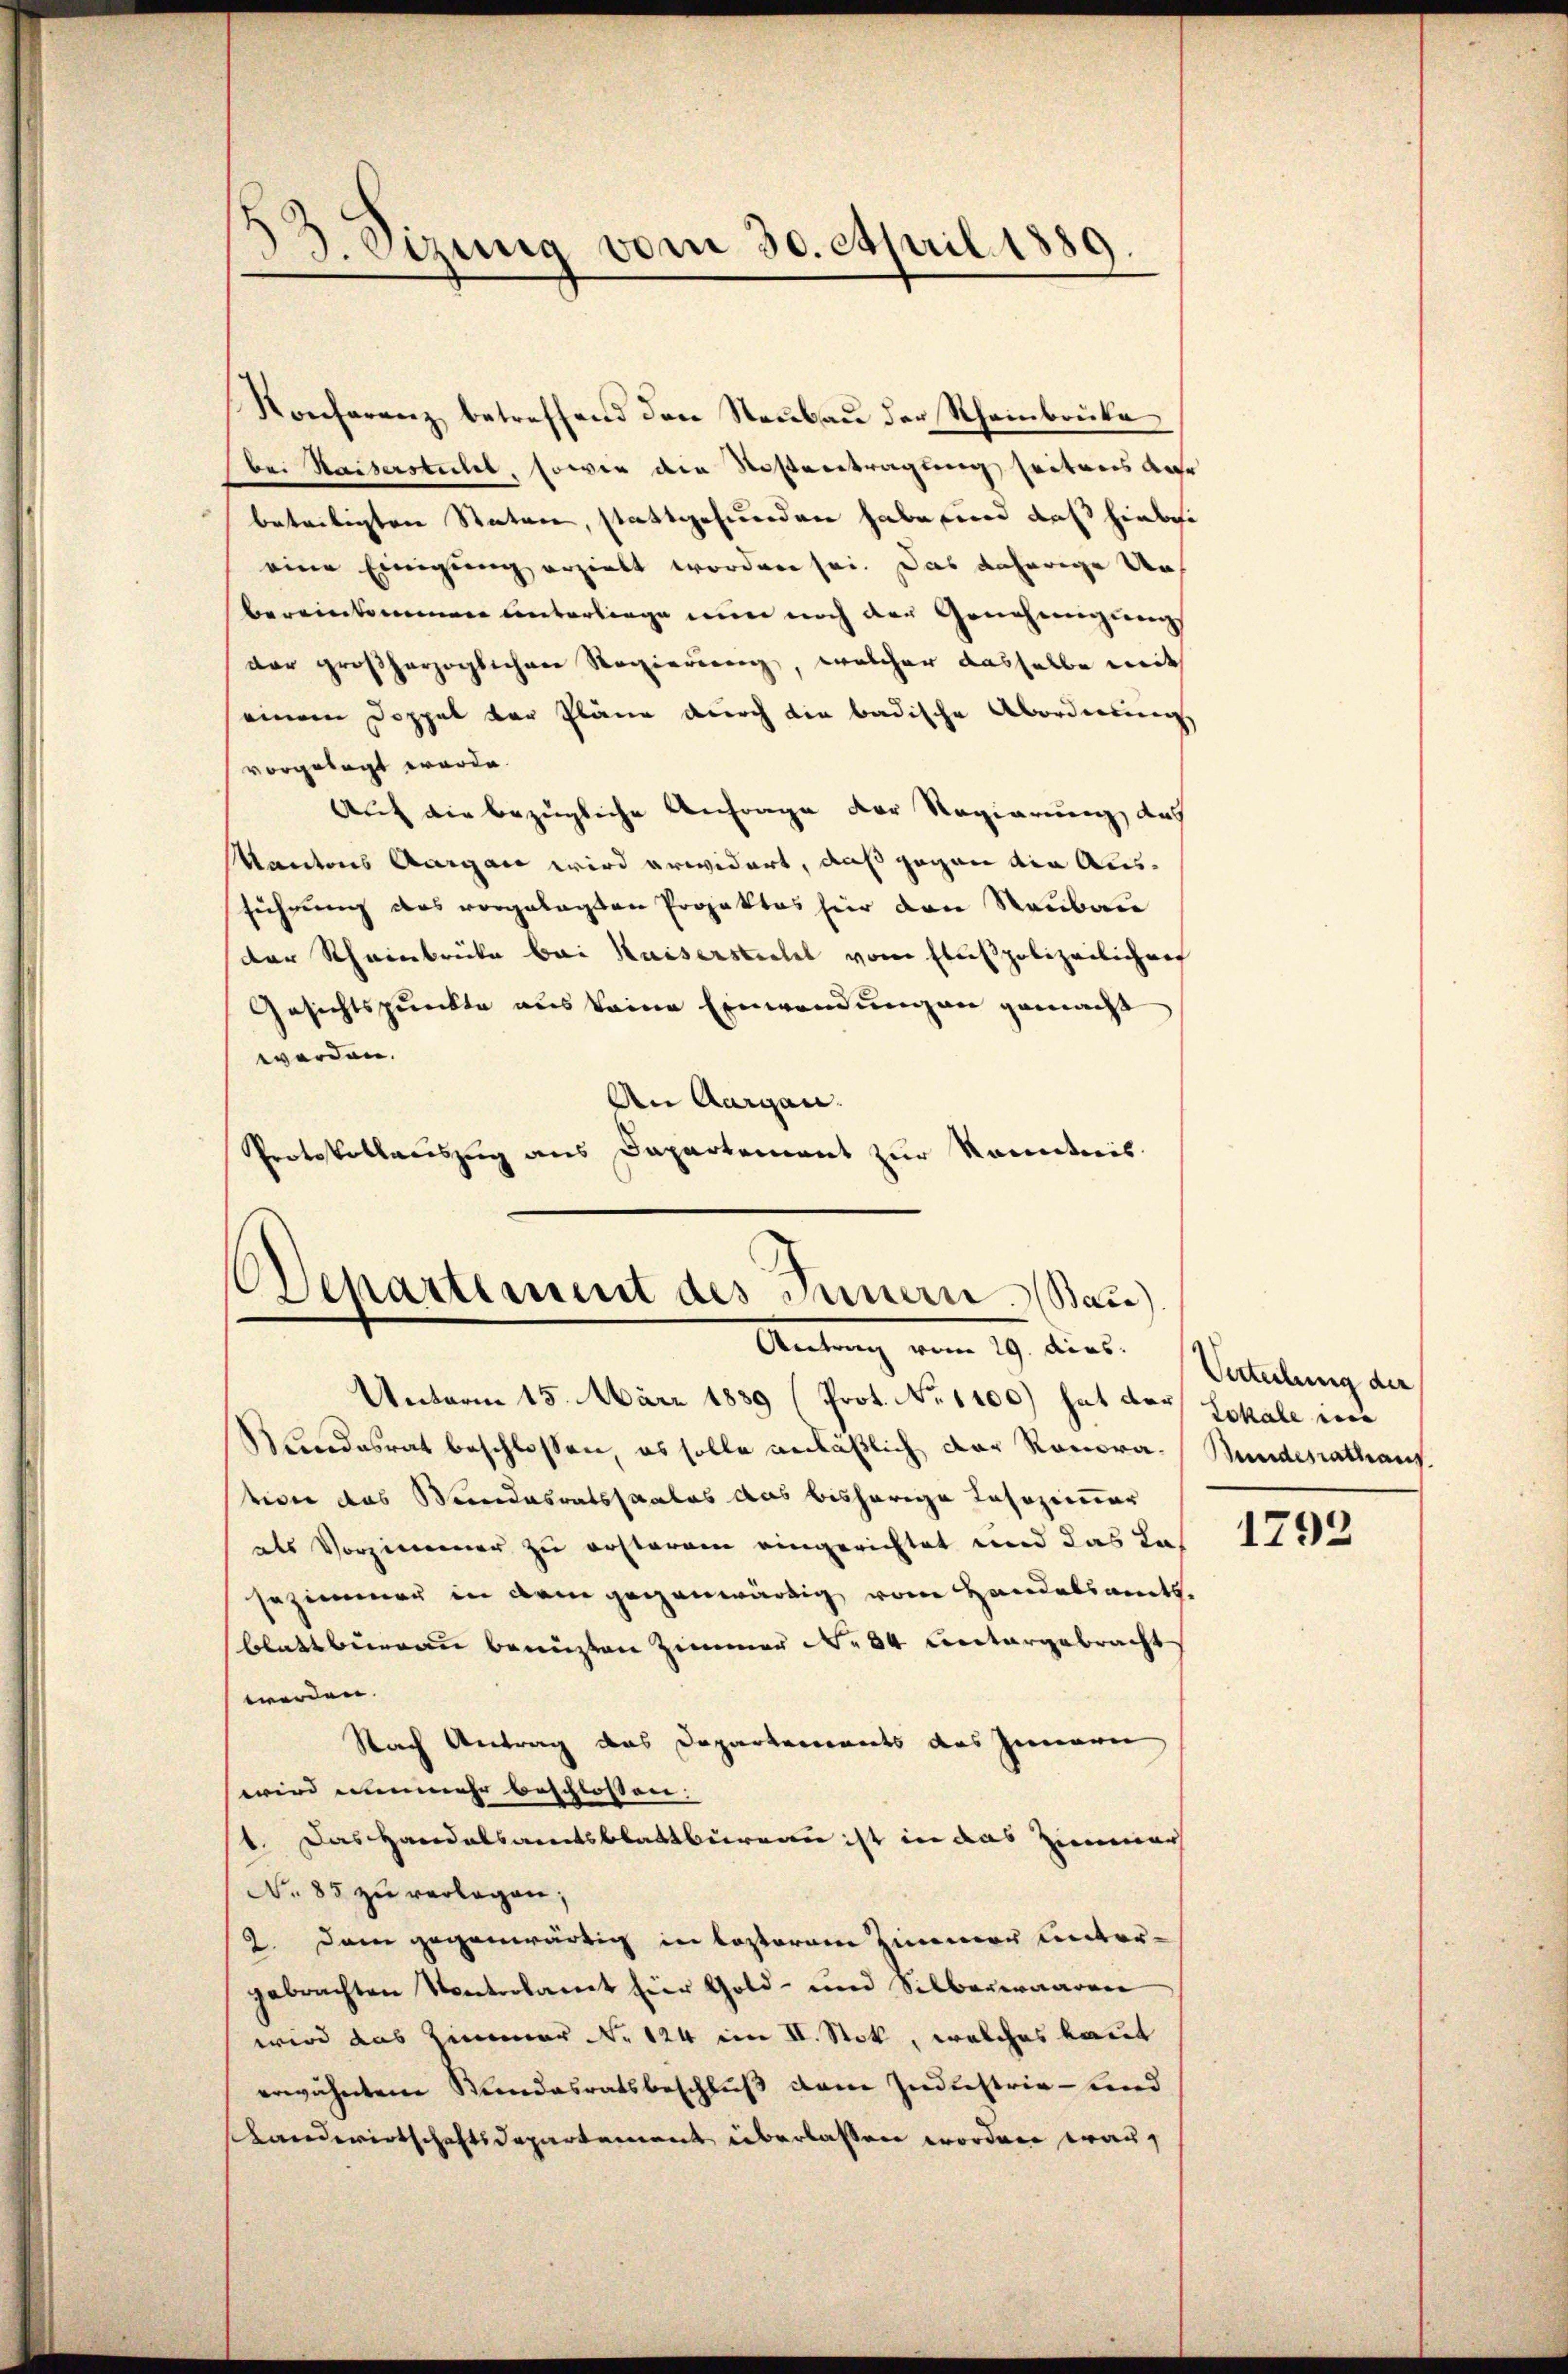
3. Sizung vom 30. April 1889.

Konferenz betreffend den Neubau der Rheinbrüke
bei Kaiserstuhl, sowie die Kostentragung seitens aur
beteiligten Statur, stattgefunden habe und daß hiebese
eine Einigung erzielt worden sei. Das anherige Unbereinkommen unterliege nun noch der Genehmigungs
der großherzoglicher Regierung, welcher dasselbe weit
einem Doppel von Pläne durch die badische Aborderung
vorgelegt werde.
Auf die bezügliche Anfrage der Regierung, das
antons Aargau wird erwidert, daß gegen die Ausführung das vorgelegten Projektes für den Raubau
der Rheinbrücke bei Kaiserstichel vom Etuspolizeilicherf
Gesichtspunkte aus keine Einwendungen gemacht
worden.
An Aargau.
Protokollauszug aus Dapartement zur Kenntnis

d
Departement des Innern. Bau).
Antrag vom 29. dies

Unterm 15. März 1839 (Prot. No 1100) hat der Lokale wir
MLandesrat beschlossen, es solle anläßlich der Ronora-Bundesrathaus.
tive das Bundesratssaales das bisherige Rasozimer
als Vorzimmer zu ersterem eingerichtet und das Lasezimmer in dem gegenwärtig vom Handelsamts,
blattburgau benuzten Zimmer No 34 untergebracht
werden.
Nach Antrag das Departemonats des Innern
wird nunmehr beschlossen.
1. Das Handelsamtsblattbureau ist in das Zimmer
No. 85 zŭ verlegen;
2. Dem gegenwärtig in losterem Zimmer untergebrachten Kontrolamt hier Gold- und Silberwaaren
wird das Zimmer No 124 im II. Stok, welches baut
erwähntene Steindesratsbeschluß dann Industrie - und
slandwirtschaftsdepartement überlassen worden war,

Uerteilung der

1792